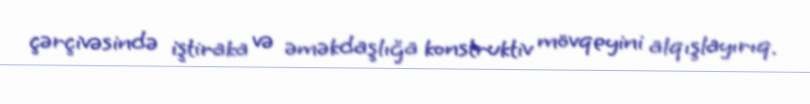
çərçivəsində iştiraka və əməkdaşlığa konstruktiv mövqeyini alqışlayırıq.